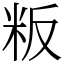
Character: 粄